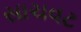
સાચવટ